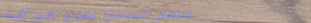
مطعم السلطان يقدم لكم أشه